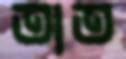
তাত